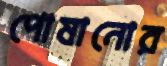
পোষানোর